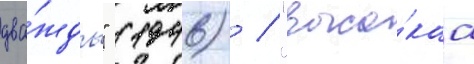
два́жды" (1946) / "высо́каа